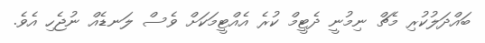
ބައްދަލުކުރި މެޗް ނިމުނީ ދެޓީމް ކުރެ އެއްޓީމަކަށް ވެސް ލަނޑެއް ނުޖެހި އެވެ.